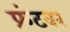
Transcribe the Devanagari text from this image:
फ्रंटवर